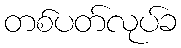
တစ်ပတ်လုပ်ခ